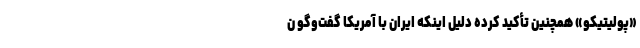
«پولیتیکو» همچنین تأکید کرده دلیل اینکه ایران با آمریکا گفت‌وگو ن